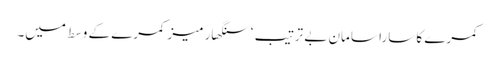
کمرے کا سارا سامان بے ترتیب ‘ سنگھار میز کمرے کے وسط میں۔